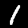
Digit: 1